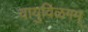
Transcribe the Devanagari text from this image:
वायुविळगम्